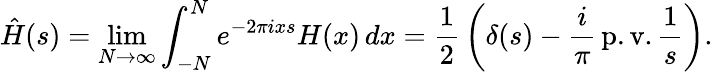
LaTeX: {\hat{H}}(s)=\operatorname*{lim}_{N\to\infty}\int_{-N}^{N}e^{-2\pi ixs}H(x)\, dx={\frac{1}{2}}\left(\delta(s)-{\frac{i}{\pi}}\operatorname{p.v.}{\frac{1}{s}}\right).